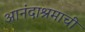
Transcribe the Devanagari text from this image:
आनंदाश्रमाची